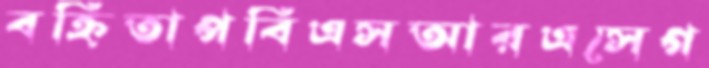
বহ্নিতাপবিএসআরএসেগ